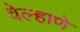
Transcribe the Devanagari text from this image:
वेल्हाणे